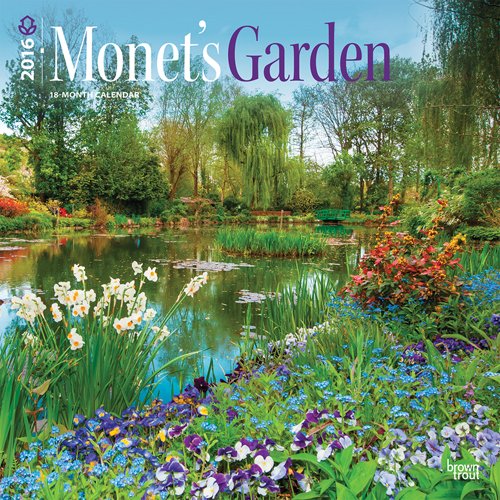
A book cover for Monet's Garden 2016 Square 12x12 (Multilingual Edition); Browntrout Publishers; Calendars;